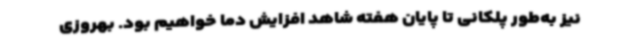
نیز به‌طور پلکانی تا پایان هفته شاهد افزایش دما خواهیم بود. بهروزی